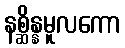
နစ္ဆိန္နမူလကော